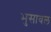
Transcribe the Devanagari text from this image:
भुुसावल